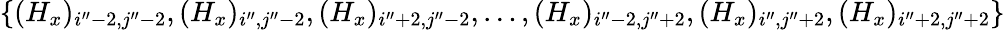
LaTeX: \{ (H_{x})_{i^{\prime\prime}-2,j^{\prime\prime}-2},(H_{x})_{i^{\prime\prime},j^{\prime\prime}-2},(H_{x})_{i^{\prime\prime}+2,j^{\prime\prime}-2},\ldots,(H_{x})_{i^{\prime\prime}-2,j^{\prime\prime}+2},(H_{x})_{i^{\prime\prime},j^{\prime\prime}+2},(H_{x})_{i^{\prime\prime}+2,j^{\prime\prime}+2}\}